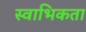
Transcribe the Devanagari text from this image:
स्वाभिकता